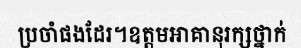
ប្រចាំផងដែរ។ឧត្តមអាគានុរក្សថ្នាក់